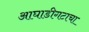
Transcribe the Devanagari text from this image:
आघाडीगटाचा